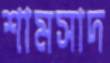
শামসাদ